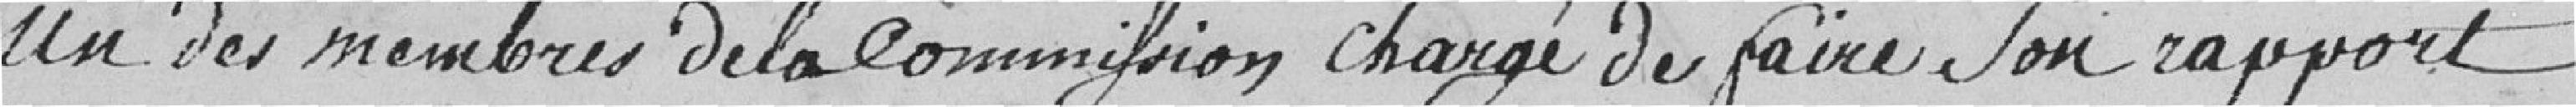
Un des membres de la Commission chargé de faire son rapport